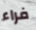
فراء